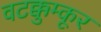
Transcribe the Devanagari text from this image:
वटक्कुम्कूर